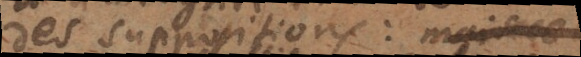
des suppositions: mais